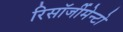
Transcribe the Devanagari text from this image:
रिसॉर्जीमेन्टो